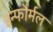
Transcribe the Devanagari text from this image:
इन्फौर्मल